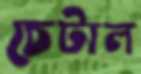
চেটাল